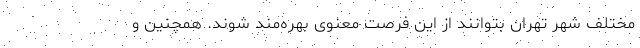
مختلف شهر تهران بتوانند از این فرصت معنوی بهره‌مند شوند. همچنین و